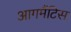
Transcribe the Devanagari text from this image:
आगमैंटिस